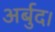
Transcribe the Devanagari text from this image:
अर्बुद।